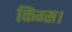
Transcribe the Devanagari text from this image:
किंग्स।